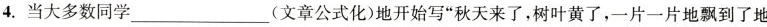
4.当大多数同学___(文章公式化)地开始写”秋天来了，树叶黄了，一片一片地